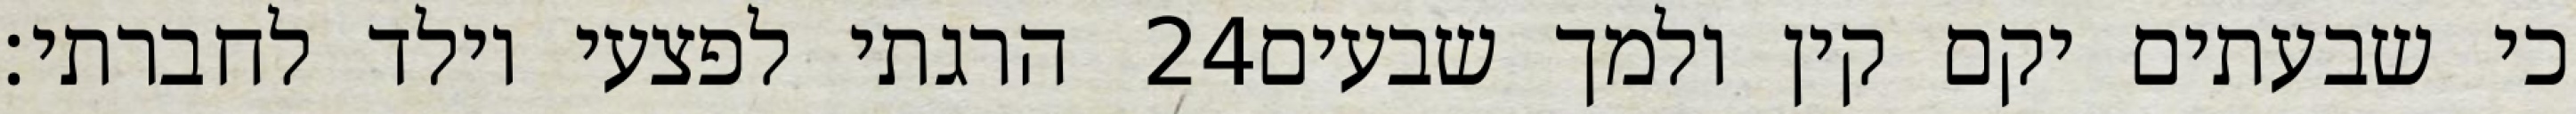
הרגתי לפצעי וילד לחברתי׃ ‎24‏ כי שבעתים יקם קין ולמך שבעים